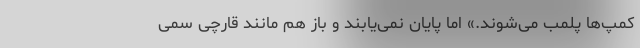
کمپ‌ها پلمب می‌شوند.» اما پایان نمی‌یابند و باز هم مانند قارچی سمی